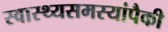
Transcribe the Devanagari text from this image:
स्वास्थ्यसमस्यांपैकी